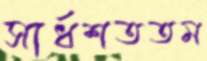
সার্ধশততম